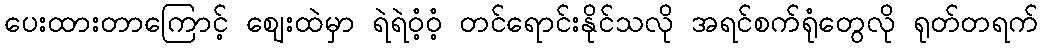
ပေးထားတာကြောင့် ဈေးထဲမှာ ရဲရဲဝံ့ဝံ့ တင်ရောင်းနိုင်သလို အရင်စက်ရုံတွေလို ရုတ်တရက်